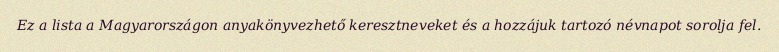
Ez a lista a Magyarországon anyakönyvezhető keresztneveket és a hozzájuk tartozó névnapot sorolja fel.